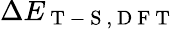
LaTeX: \Delta E_{\mathrm{~T~-~S~,~D~F~T~}}